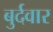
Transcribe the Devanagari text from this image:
बुर्दवार